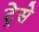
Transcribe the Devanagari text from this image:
ट्रेसे